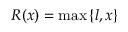
R ( x ) = \operatorname* { m a x } \left\{ l , x \right\}